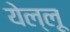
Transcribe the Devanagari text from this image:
येल्लू